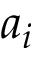
a _ { i }